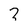
Character: 7